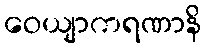
ဝေယျာကရဏာနိ